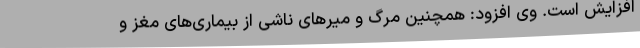
افزایش است. وی افزود: همچنین مرگ و میرهای ناشی از بیماری‌های مغز و